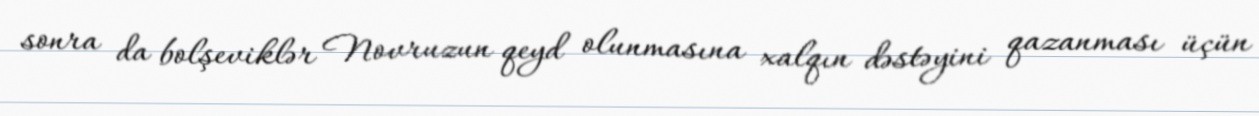
sonra da bolşeviklər Novruzun qeyd olunmasına xalqın dəstəyini qazanması üçün